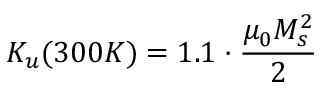
K _ { u } ( 3 0 0 K ) = 1 . 1 \cdot \frac { \mu _ { 0 } M _ { s } ^ { 2 } } { 2 }